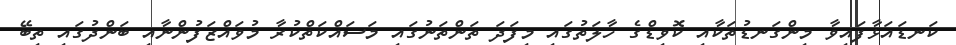
ކަނޑައަޅާފައިވާ މިންގަނޑުތަކާއި ކޮވިޑްގެ ހާލަތުގައި މިފަދަ ތަންތަނުގައި މަސައްކަތްކުރާ މުވައްޒަފުންނާއި ބަންދުގައި ތިބޭ